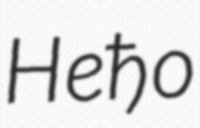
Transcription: Неђо